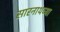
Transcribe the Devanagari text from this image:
सारनाथच्या